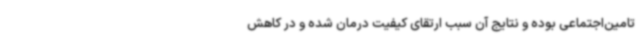
تامین‌اجتماعی بوده و نتایج آن سبب ارتقای کیفیت درمان شده و در کاهش